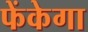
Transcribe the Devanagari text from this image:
फेंकेगा